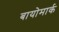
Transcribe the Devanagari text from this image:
बायोमार्क